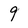
Character: 9